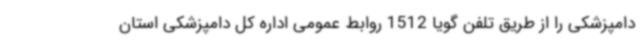
دامپزشکی را از طریق تلفن گویا 1512 روابط عمومی اداره کل دامپزشکی استان